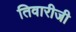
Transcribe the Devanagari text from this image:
तिवारीजी